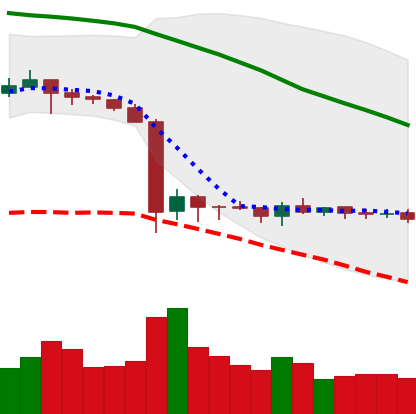
Ticker: ETC-USD
Chart end date: 2019-10-06
Forward return: 3.017%
Label: up_3_5